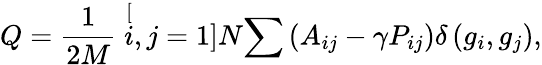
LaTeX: Q=\frac{1}{2M}\stackrel[i,j=1]{N}{\sum}\left(A_{ij}-\gamma P_{ij}\right)\delta\left(g_{i},g_{j}\right),